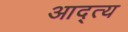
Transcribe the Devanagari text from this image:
आद्त्य